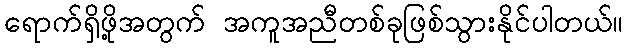
ရောက်ရှိဖို့အတွက် အကူအညီတစ်ခုဖြစ်သွားနိုင်ပါတယ်။